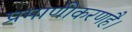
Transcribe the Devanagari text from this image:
प्रमाणीकरणहै।